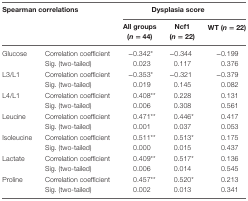
<table><thead><tr><td rowspan="2" colspan="2"><b>Spearman correlations</b></td><td colspan="3"><b>Dysplasia score</b></td></tr><tr><td><b>All groups (<i>n</i> = 44)</b></td><td><b>Ncf1 (<i>n</i> = 22)</b></td><td><b>WT (<i>n</i> = 22)</b></td></tr></thead><tbody><tr><td rowspan="2">Glucose</td><td>Correlation coefficient</td><td>−0.342*</td><td>−0.344</td><td>−0.199</td></tr><tr><td>Sig. (two-tailed)</td><td>0.023</td><td>0.117</td><td>0.376</td></tr><tr><td rowspan="2">L3/L1</td><td>Correlation coefficient</td><td>−0.353*</td><td>−0.321</td><td>−0.379</td></tr><tr><td>Sig. (two-tailed)</td><td>0.019</td><td>0.145</td><td>0.082</td></tr><tr><td rowspan="2">L4/L1</td><td>Correlation coefficient</td><td>0.408**</td><td>0.228</td><td>0.131</td></tr><tr><td>Sig. (two-tailed)</td><td>0.006</td><td>0.308</td><td>0.561</td></tr><tr><td rowspan="2">Leucine</td><td>Correlation coefficient</td><td>0.471**</td><td>0.446*</td><td>0.417</td></tr><tr><td>Sig. (two-tailed)</td><td>0.001</td><td>0.037</td><td>0.053</td></tr><tr><td rowspan="2">Isoleucine</td><td>Correlation coefficient</td><td>0.511**</td><td>0.513*</td><td>0.175</td></tr><tr><td>Sig. (two-tailed)</td><td>0.000</td><td>0.015</td><td>0.437</td></tr><tr><td rowspan="2">Lactate</td><td>Correlation coefficient</td><td>0.409**</td><td>0.517*</td><td>0.136</td></tr><tr><td>Sig. (two-tailed)</td><td>0.006</td><td>0.014</td><td>0.545</td></tr><tr><td rowspan="2">Proline</td><td>Correlation coefficient</td><td>0.457**</td><td>0.520*</td><td>0.213</td></tr><tr><td>Sig. (two-tailed)</td><td>0.002</td><td>0.013</td><td>0.341</td></tr></tbody></table>